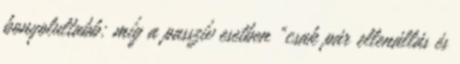
bonyolultabb: míg a passzív esetben “csak pár ellenállás és